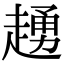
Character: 䞻